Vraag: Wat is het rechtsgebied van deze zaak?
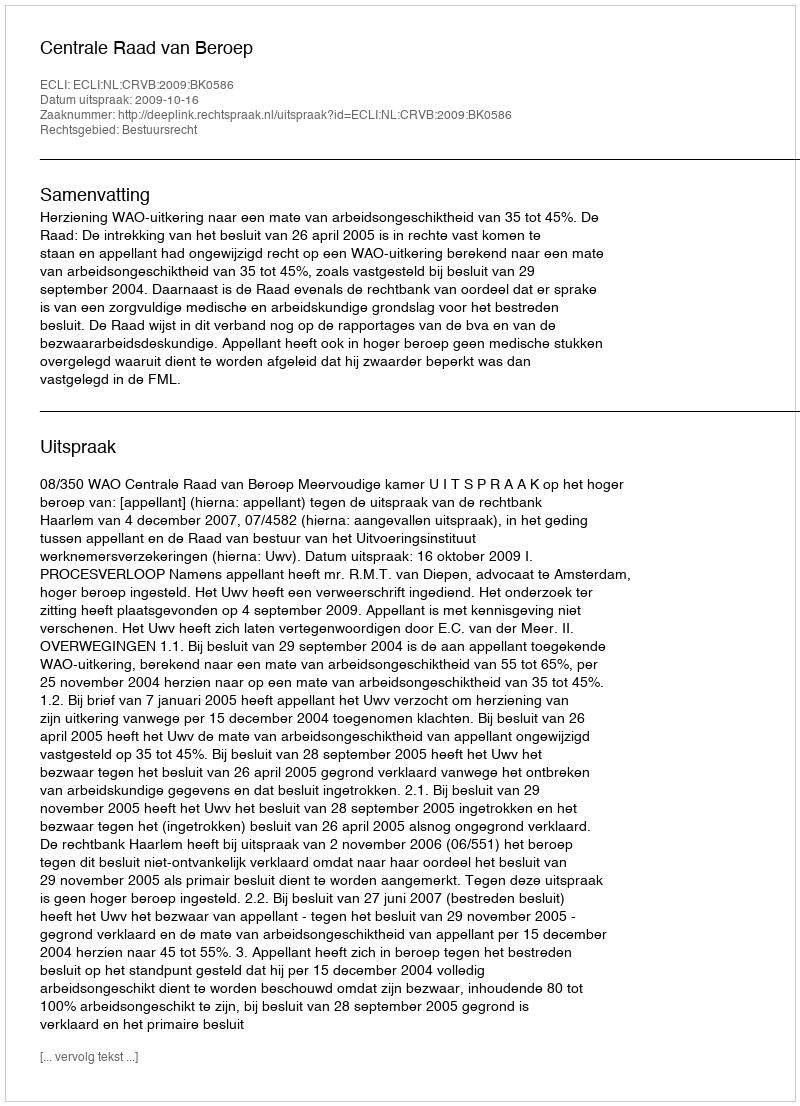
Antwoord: Bestuursrecht